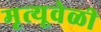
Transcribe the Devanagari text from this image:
मृत्यूवेळी